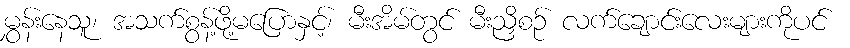
မွှန်းနေသူ၊ အသက်စွန့်ဖို့မပြောနှင့်၊ မီးအိမ်တွင် မီးညှိစဉ် လက်ချောင်းလေးများကိုပင်